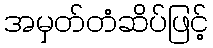
အမှတ်တံဆိပ်ဖြင့်